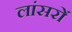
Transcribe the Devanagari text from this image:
लांसरों